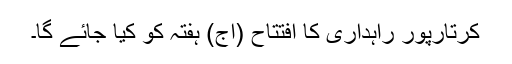
کرتارپور راہداری کا افتتاح (آج) ہفتہ کو کیا جائے گا۔